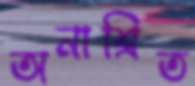
অনাশ্রিত